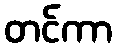
တင်ကာ